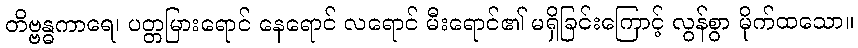
တိဗ္ဗန္ဓကာရေ၊ ပတ္တမြားရောင် နေရောင် လရောင် မီးရောင်၏ မရှိခြင်းကြောင့် လွန်စွာ မိုက်ထသော။